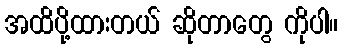
အထိပို့ထားတယ် ဆိုတာတွေ ကိုပါ။